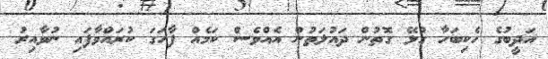
އަދީބުގެ ހެކިބަހާ ގުޅޭ ގޮތުން ދައުލަތުން އެއްވެސް ކަމެއް ފާހަގަ ކުރައްވާފައި ނުވާއިރު